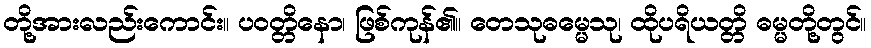
တို့အားလည်းကောင်း။ ပဝတ္တိနော၊ ဖြစ်ကုန်၏။ တေသုဓမ္မေသု၊ ထိုပရိယတ္တိ ဓမ္မတို့တွင်။